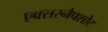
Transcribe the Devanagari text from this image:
एक्सस्नैपशोट